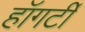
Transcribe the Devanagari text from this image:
हॉगर्टी